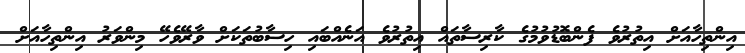
އިންތިހާއަށް އިތުރުވެ ފެންބޮޑުވުމުގެ ކާރިސާތައް އިތުރުވެ އަނެއްބައި ހިސާބުތަކަށް ވާރޭވެހޭ މިންވަރު އިންތިހާއަށް